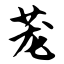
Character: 茏